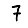
Digit: 7